Reports on military cantonments and civil stations in the Presidency of Bombay inspected by the Sanitary Commissioner in the years 1875 and 1876
Year: 1875
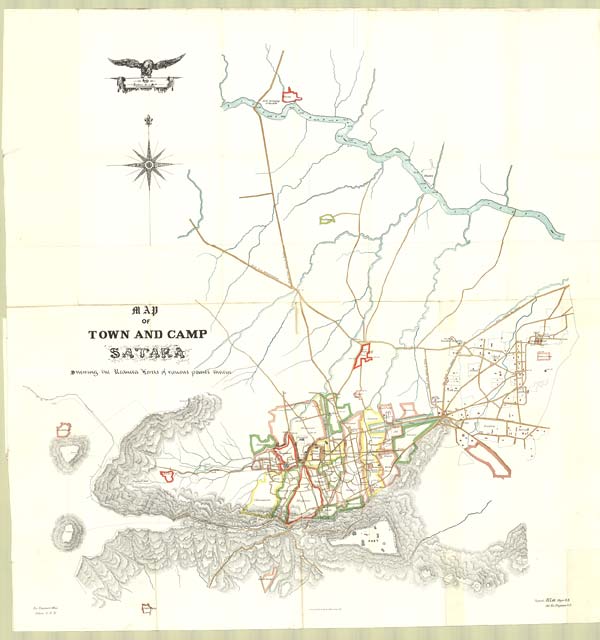
Ex Engineer's
Office
Satara 15. 8. 76
Lithographel at the Gov t Office Poona 1876
(Signed) H.Lee Major RE.
Act: Ex: Engineer S.D.
MAP
OF
TOWN AND CAMP
SATARA
Drewing the Reduced Levels of ranons points therein